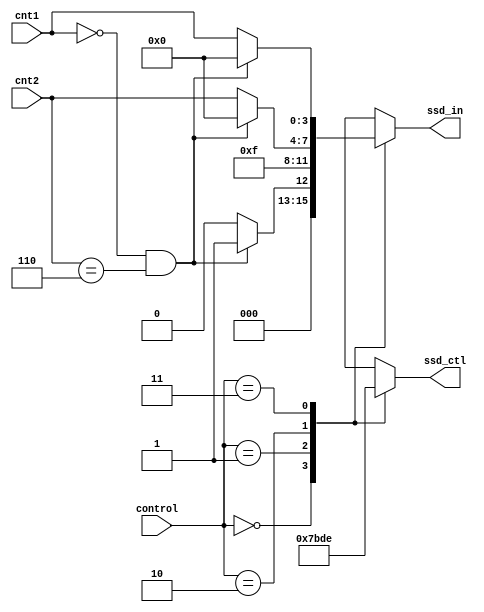
module scan(ssd_ctl, ssd_in, cnt1, cnt2, control);
    output reg [3:0] ssd_in;
    output reg [3:0] ssd_ctl;
    input [3:0] cnt1;
    input [3:0] cnt2;
    input [1:0] control;
    
    reg [3:0]one;
    reg [3:0]tenth;
    reg min;
    
    always@* 
        if (cnt1 == 4'b0000 && cnt2 == 4'b0110) begin
            one = 4'b0000;
            tenth = 4'b0000;
            min = 1'b1; 
        end
        else begin
            one = cnt1;
            tenth = cnt2;
            min = 1'b0; 
        end
    always@*
        case(control)
              2'b00:
                  begin
                      ssd_ctl = 4'b0111;
                      ssd_in = min;
                  end
              2'b01:
                  begin
                      ssd_ctl = 4'b1011;
                      ssd_in = 4'b1111;
                  end
              2'b10:
                  begin
                      ssd_ctl = 4'b1101;
                      ssd_in = tenth;
                  end
              2'b11:
                  begin
                      ssd_ctl = 4'b1110;
                      ssd_in = one;
                  end
              default:
                  begin
                      ssd_ctl = 4'b0000;
                      ssd_in = 4'b0000;
                  end
      endcase
 endmodule